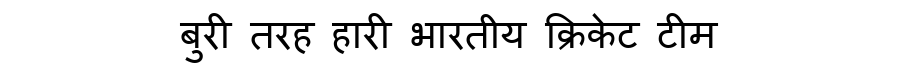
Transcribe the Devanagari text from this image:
बुरी तरह हारी भारतीय क्रिकेट टीम